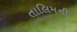
તાલિમની